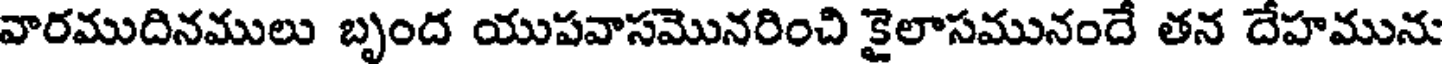
వారముదినములు బృంద యుపవాసమొనరించి కైలాసమునందే తన దేహమును